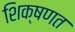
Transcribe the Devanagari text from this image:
शिक्षणत